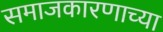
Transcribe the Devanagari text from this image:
समाजकारणाच्या